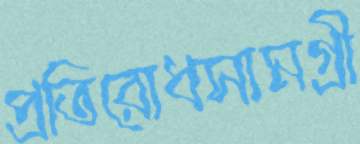
প্রতিরোধসামগ্রী